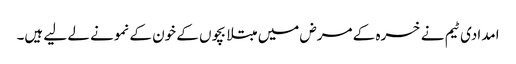
امدادی ٹیم نے خسرہ کے مرض میں مبتلا بچوں کے خون کے نمونے لے لیے ہیں۔